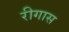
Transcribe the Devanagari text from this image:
रीगास